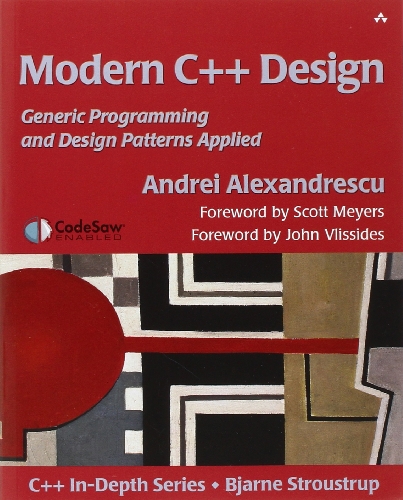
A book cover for Modern C++ Design: Generic Programming and Design Patterns Applied; Andrei Alexandrescu; Computers & Technology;